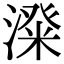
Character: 𣻬